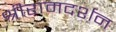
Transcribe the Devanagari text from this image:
श्रीरामदर्शन